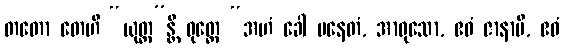
တတော တေဟိ “ယုတ္တ”န္တိ ဝုတ္တေ “အဟံ ခေါ ပနေတံ, အာဝုသော, ဧဝံ ဇာနာမိ, ဧဝံ